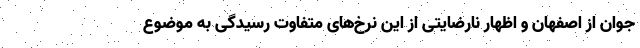
جوان از اصفهان و اظهار نارضایتی از این نرخ‌های متفاوت رسیدگی به موضوع